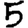
Digit: 5